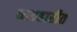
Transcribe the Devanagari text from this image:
व्यवहारीत